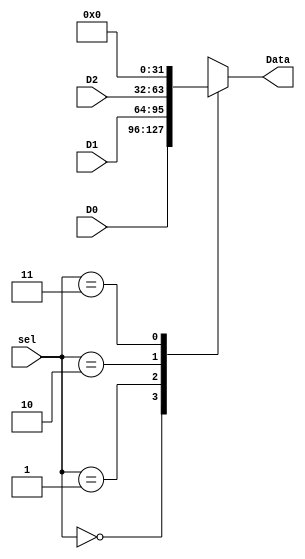
`timescale 1ns / 1ps
//////////////////////////////////////////////////////////////////////////////////
// Company: 
// Engineer: 
// 
// Design Name: 
// Module Name: mux3to1
// Project Name: 
// Target Devices: 
// Tool Versions: 
// Description: 
// 
// Dependencies: 
// 
// Revision:
// Revision 0.01 - File Created
// Additional Comments:
// 
//////////////////////////////////////////////////////////////////////////////////


module mux3to1(
    output reg[31:0] Data,
    input [31:0] D0,
    input [31:0] D1,
    input [31:0] D2,
    input [1:0] sel
    );
    always@(*)
    begin
    case(sel)
    2'b00: Data <= D0;
    2'b01: Data <= D1;
    2'b10: Data <= D2;
    2'b11: Data <= 32'b0;
    endcase
    end
endmodule